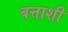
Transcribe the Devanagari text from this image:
बत्ताशी